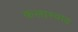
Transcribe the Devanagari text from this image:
कलास्वाद